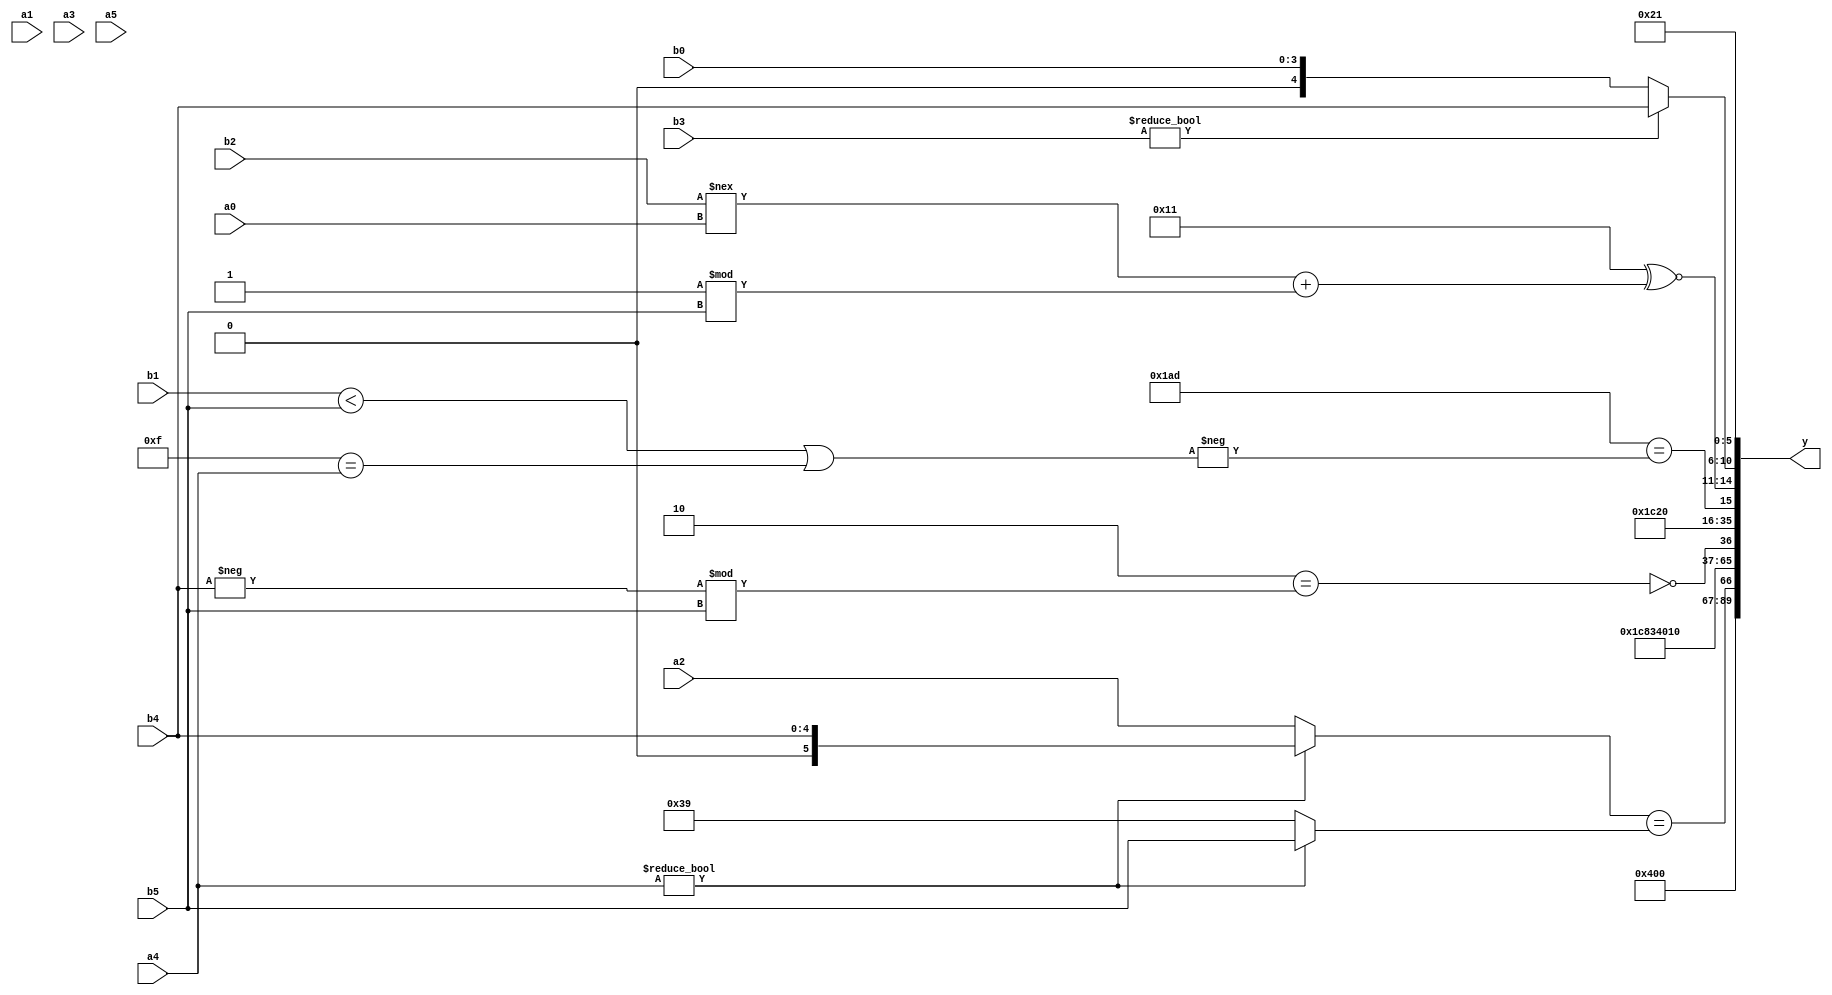
module expression_00021(a0, a1, a2, a3, a4, a5, b0, b1, b2, b3, b4, b5, y);
  input [3:0] a0;
  input [4:0] a1;
  input [5:0] a2;
  input signed [3:0] a3;
  input signed [4:0] a4;
  input signed [5:0] a5;

  input [3:0] b0;
  input [4:0] b1;
  input [5:0] b2;
  input signed [3:0] b3;
  input signed [4:0] b4;
  input signed [5:0] b5;

  wire [3:0] y0;
  wire [4:0] y1;
  wire [5:0] y2;
  wire signed [3:0] y3;
  wire signed [4:0] y4;
  wire signed [5:0] y5;
  wire [3:0] y6;
  wire [4:0] y7;
  wire [5:0] y8;
  wire signed [3:0] y9;
  wire signed [4:0] y10;
  wire signed [5:0] y11;
  wire [3:0] y12;
  wire [4:0] y13;
  wire [5:0] y14;
  wire signed [3:0] y15;
  wire signed [4:0] y16;
  wire signed [5:0] y17;

  output [89:0] y;
  assign y = {y0,y1,y2,y3,y4,y5,y6,y7,y8,y9,y10,y11,y12,y13,y14,y15,y16,y17};

  localparam [3:0] p0 = (5'sd8);
  localparam [4:0] p1 = (+{1{(!(&{4{(3'd0)}}))}});
  localparam [5:0] p2 = (5'd11);
  localparam signed [3:0] p3 = (~|(~^(+(-{4{(~|(3'd5))}}))));
  localparam signed [4:0] p4 = (~^(((~(4'sd7))^~((3'd5)?(4'd10):(-3'sd0)))-((-(4'sd4))/(3'd3))));
  localparam signed [5:0] p5 = (~^{(~^({((2'd1)?(4'sd1):(2'sd1))}?((-2'sd0)?(5'd13):(5'sd3)):((4'd10)?(-2'sd0):(5'sd10))))});
  localparam [3:0] p6 = ((&(((-3'sd1)&(2'd0))!==(^((5'd12)>>>(5'd16)))))<<(((-2'sd0)&&(-5'sd8))<=(+((-3'sd3)<<(3'd3)))));
  localparam [4:0] p7 = (|{1{(|(+(6'd2 * (^(~^(5'd20))))))}});
  localparam [5:0] p8 = (((2'd0)?(-2'sd0):(-4'sd7))|(&((-3'sd0)?(3'd3):(4'sd3))));
  localparam signed [3:0] p9 = (~|(|(2'sd1)));
  localparam signed [4:0] p10 = ((3'd0)-(5'd19));
  localparam signed [5:0] p11 = {1{{(-4'sd0),(2'sd1),(2'd3)}}};
  localparam [3:0] p12 = ((((5'sd7)?(-5'sd9):(5'sd10))>>>((-5'sd1)<<(2'd0)))<<<(!{2{((2'd3)?(4'd12):(-5'sd1))}}));
  localparam [4:0] p13 = (!((3'd2)?(5'd28):(3'd4)));
  localparam [5:0] p14 = (~^(|(((2'd3)?(3'sd2):(2'd0))&&(~^((-2'sd0)==(-2'sd1))))));
  localparam signed [3:0] p15 = ((((5'sd6)?(3'sd1):(-5'sd2))<=(6'd2 * (5'd8)))||((!(3'sd3))>=(-(-2'sd0))));
  localparam signed [4:0] p16 = (((-2'sd1)?{3{(2'd0)}}:((-5'sd5)?(3'd7):(5'sd1)))!=({1{((-4'sd0)^(-5'sd4))}}===(-3'sd2)));
  localparam signed [5:0] p17 = (((-2'sd0)?(5'd20):(2'd1))?((4'd0)?(-5'sd4):(2'sd1)):((2'sd0)?(-3'sd2):(4'd13)));

  assign y0 = (2'sd0);
  assign y1 = ({2{$unsigned(p6)}});
  assign y2 = (3'd4);
  assign y3 = (p7==p5);
  assign y4 = ((a4?b4:a2)==(a4?b5:p8));
  assign y5 = ({{2{p9}},(p0!=p16),(2'd2)}^$unsigned(({3{p6}}^~{p14})));
  assign y6 = (5'd16);
  assign y7 = ({(p11|p7),(p9?p10:p17)}?({3{p10}}?{p14,p10}:{a1,p9}):{{3{b5}},(p10&&p1),(p6||p9)});
  assign y8 = ($signed((3'd1))===(4'd14));
  assign y9 = (~^(-(^(&(((~&(b2&&b2)))<<<(^{(4'sd4)}))))));
  assign y10 = (~^((~(-3'sd3))==((-(p11?b4:b2))%b5)));
  assign y11 = (!{(+(-{(~|(~&(|(~|(-p17)))))})),{{p5,p3,p4},(+{{p7,p2}})}});
  assign y12 = (~(5'sd8));
  assign y13 = (&(~|p14));
  assign y14 = (($unsigned($signed({p10,p10}))==(-((b1<b5)||(p12==a4)))));
  assign y15 = ((5'd17)^~((b2!==a0)+(p1%b5)));
  assign y16 = ($unsigned(p17)?(b3?b4:b0):(&p10));
  assign y17 = ({3{{2{$signed({2{p1}})}}}});
endmodule